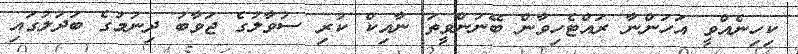
ކިހިނެއްވީ އަހަންނާ ރައްޓެހިވާން ބޭނުންވީތަ ނާއިކް ކުރި ސުވާލުގެ ޖަވާބު ދިނުމުގެ ބަދަލުގައި